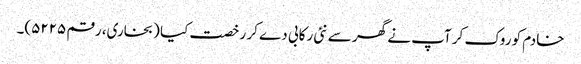
خادم کو روک کر آپ نے گھر سے نئی رکابی دے کر رخصت کیا (بخاری، رقم ۵۲۲۵)۔